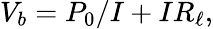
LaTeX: V_{b}=P_{0}/I+IR_{\ell},